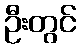
ဦးတွင်